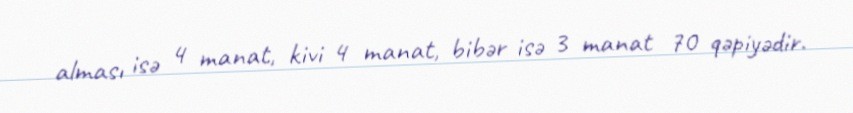
alması isə 4 manat, kivi 4 manat, bibər isə 3 manat 70 qəpiyədir.